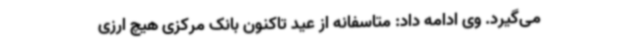
می‌گیرد. وی ادامه داد: متاسفانه از عید تاکنون بانک مرکزی هیچ ارزی